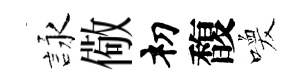
詠儆𥘉馥喚